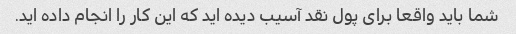
شما باید واقعا برای پول نقد آسیب دیده اید که این کار را انجام داده اید.